Report on vaccination in the Province of Bengal - 1874-1889
Year: 1874
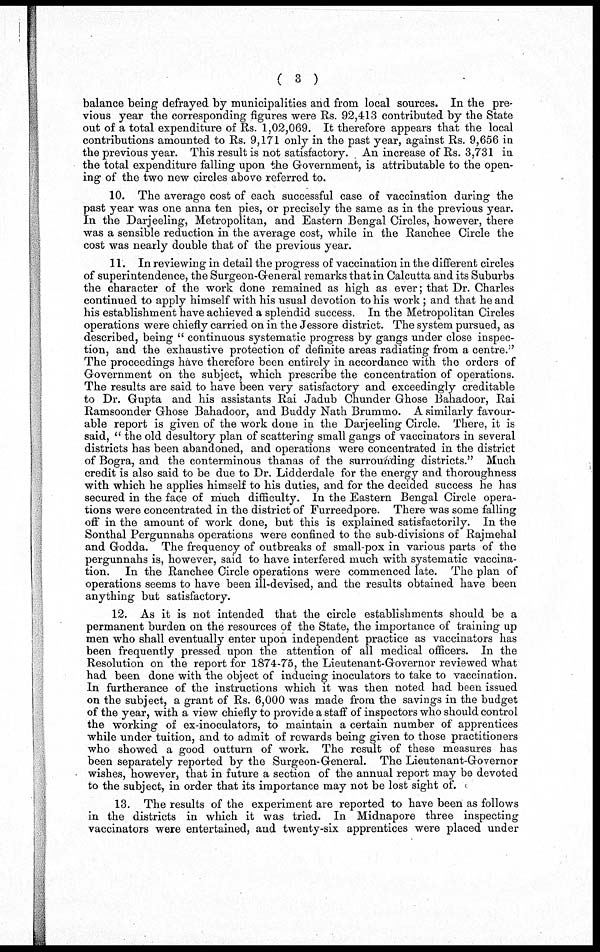
( 3 )
balance being defrayed by municipalities and from local sources. In the pre-
vious year the corresponding figures were Rs. 92,413 contributed by the State
out of a total expenditure of Rs. 1,02,069. It therefore appears that the local
contributions amounted to Rs. 9,171 only in the past year, against Rs. 9,656 in
the previous year. This result is not satisfactory. An increase of Rs. 3,731 in
the total expenditure falling upon the Government, is attributable to the open-
ing of the two new circles above referred to.
10. The average cost of each successful case of vaccination during the
past year was one anna ten pies, or precisely the same as in the previous year.
In the Darjeeling, Metropolitan, and Eastern Bengal Circles, however, there
was a sensible reduction in the average cost, while in the Ranchee Circle the
cost was nearly double that of the previous year.
11. In reviewing in detail the progress of vaccination in the different circles
of superintendence, the Surgeon-General remarks that in Calcutta and its Suburbs
the character of the work done remained as high as ever; that Dr. Charles
continued to apply himself with his usual devotion to his work; and that he and
his establishment have achieved a splendid success. In the Metropolitan Circles
operations were chiefly carried on in the Jessore district. The system pursued, as
described, being " continuous systematic progress by gangs under close inspec-
tion, and the exhaustive protection of definite areas radiating from a centre."
The proceedings have therefore been entirely in accordance with the orders of
Government on the subject, which prescribe the concentration of operations.
The results are said to have been very satisfactory and exceedingly creditable
to Dr. Gupta and his assistants Rai Jadub Chunder Ghose Bahadoor, Rai
Ramsoonder Ghose Bahadoor, and Buddy Nath Brummo. A similarly favour-
able report is given of the work done in the Darjeeling Circle. There, it is
said, " the old desultory plan of scattering small gangs of vaccinators in several
districts has been abandoned, and operations were concentrated in the district
of Bogra, and the conterminous thanas of the surrounding districts." Much
credit is also said to be due to Dr. Lidderdale for the energy and thoroughness
with which he applies himself to his duties, and for the decided success he has
secured in the face of much difficulty. In the Eastern Bengal Circle opera-
tions were concentrated in the district of Furreedpore. There was some falling
off in the amount of work done, but this is explained satisfactorily. In the
Sonthal Pergunnahs operations were confined to the sub-divisions of Rajmehal
and Godda. The frequency of outbreaks of small-pox in various parts of the
pergunnahs is, however, said to have interfered much with systematic vaccina-
tion. In the Ranchee Circle operations were commenced late. The plan of
operations seems to have been ill-devised, and the results obtained have been
anything but satisfactory.
12. As it is not intended that the circle establishments should be a
permanent burden on the resources of the State, the importance of training up
men who shall eventually enter upon independent practice as vaccinators has
been frequently pressed upon the attention of all medical officers. In the
Resolution on the report for 1874-75, the Lieutenant-Governor reviewed what
had been done with the object of inducing inoculators to take to vaccination.
In furtherance of the instructions which it was then noted had been issued
on the subject, a grant of Rs. 6,000 was made from the savings in the budget
of the year, with a view chiefly to provide a staff of inspectors who should control
the working of ex-inoculators, to maintain a certain number of apprentices
while under tuition, and to admit of rewards being given to those practitioners
who showed a good outturn of work. The result of these measures has
been separately reported by the Surgeon-General. The Lieutenant-Governor
wishes, however, that in future a section of the annual report may be devoted
to the subject, in order that its importance may not be lost sight of.
13. The results of the experiment are reported to have been as follows
in the districts in which it was tried. In Midnapore three inspecting
vaccinators were entertained, and twenty-six apprentices were placed under